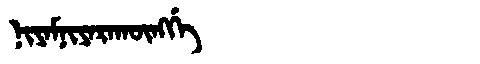
Manchu: ᠨᡳᠶᠠᠮᠨᡳᠶᠠᡵᠠᡴᡡᠩᡤᡝ
Romanization: NIYAMNIYARAKŪNGGE